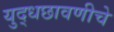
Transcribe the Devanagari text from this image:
युद्धछावणीचे